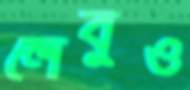
লেবুও